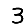
Digit: 3